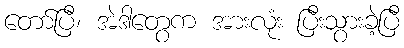
တော်ပြီ၊ အဲဒါတွေက အားလုံး ပြီးသွားခဲ့ပြီ